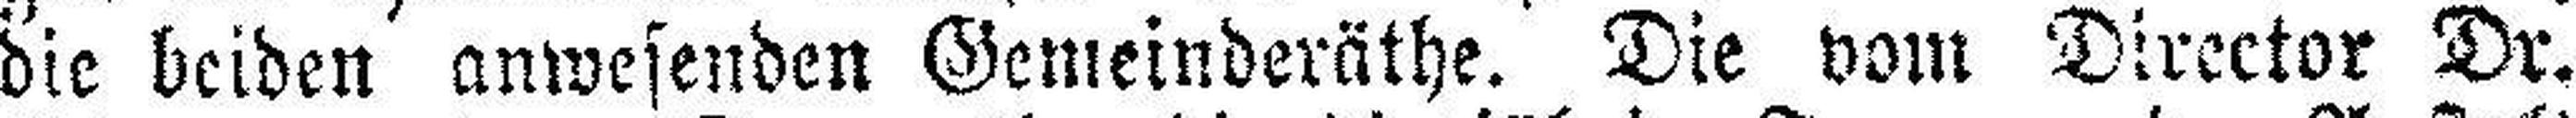
die beiden anwesenden Gemeinderäthe. Die vom Director Dr.